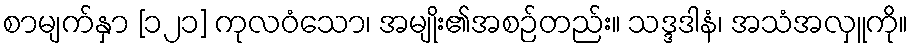
စာမျက်နှာ [၁၂၁] ကုလဝံသော၊ အမျိုး၏အစဉ်တည်း။ သဒ္ဒဒါနံ၊ အသံအလှူကို။